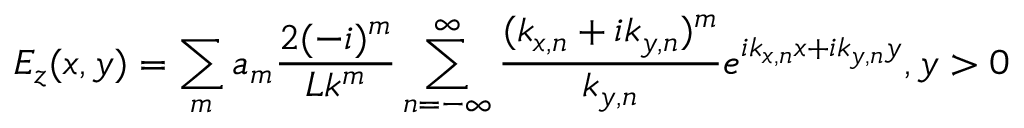
E _ { z } ( x , y ) = \sum _ { m } a _ { m } \frac { 2 ( - i ) ^ { m } } { L k ^ { m } } \sum _ { n = - \infty } ^ { \infty } \frac { ( k _ { x , n } + i k _ { y , n } ) ^ { m } } { k _ { y , n } } e ^ { i k _ { x , n } x + i k _ { y , n } y } , y > 0